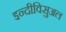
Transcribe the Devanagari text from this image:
इन्दीविसुअल